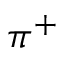
\pi ^ { + }